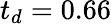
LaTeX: t_{d}=0.66